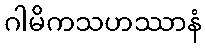
ဂါမိကသဟဿာနံ